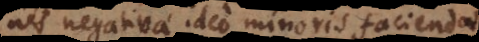
nes negativae ideo minoris faciendae